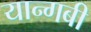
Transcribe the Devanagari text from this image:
यान्गबी